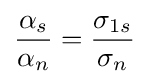
{\frac {\alpha _{s}}{\alpha _{n}}}={\frac {\sigma _{1s}}{\sigma _{n}}}